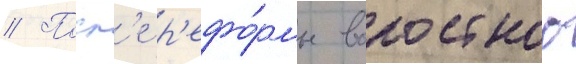
// Посл'е р'ефо́рмы волостного